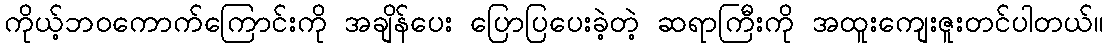
ကိုယ့်ဘဝကောက်ကြောင်းကို အချိန်ပေး ပြောပြပေးခဲ့တဲ့ ဆရာကြီးကို အထူးကျေးဇူးတင်ပါတယ်။